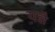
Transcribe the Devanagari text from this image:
यज्ञै